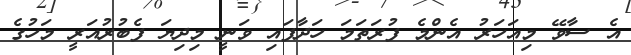
އެ ސާވޭ މިއަހަރު އެންމެ ފުރަތަމަ ހަދާފައި ވަނީ މިދިޔަ ފެބުރުއަރީ މަހުގެ